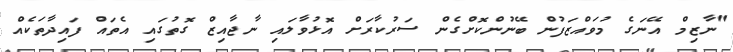
"ނާޒިމް އޭނަގެ މުވައްޒަފުން ބޭނުންކޮށްގެން ސަރުކާރަށް އޮޅުވާލައި ނާޖާއިޒް ގޮތުގައި އެތައް ފައިދާތަކެއް